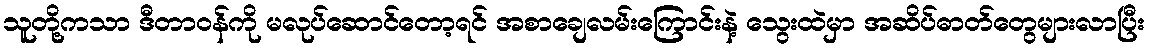
သူတို့ကသာ ဒီတာဝန်ကို မလုပ်ဆောင်တော့ရင် အစာချေလမ်းကြောင်းနဲ့ သွေးထဲမှာ အဆိပ်ဓာတ်တွေများလာပြီး